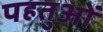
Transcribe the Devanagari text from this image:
पहतुओं